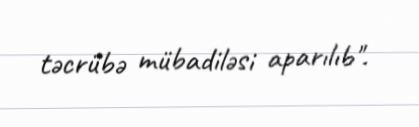
təcrübə mübadiləsi aparılıb".